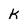
Character: k